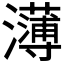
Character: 𭳭